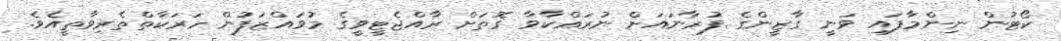
ކޯޓުން ނިންމާފައި ވަނީ ގާޒީންގެ ފުރާނައަށް ނުރައްކާވާ ގޮތަށް ރާއްޖެޓީވީގެ މުވައްޒަފުން ހަރަކާތްތެރިވާތީއެވެ.